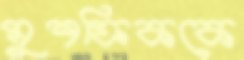
মুশফিককে